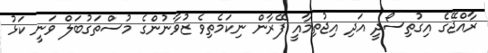
ރާއްޖޭގެ އިގުތިސޯދީ އަދި އިޖުތިމާއީ ފޭރާން ނިކަމެތިވެ ޒުވާނުންގެ މުސްތަގުބަލް ވަނީ ކަޅު